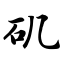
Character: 矶